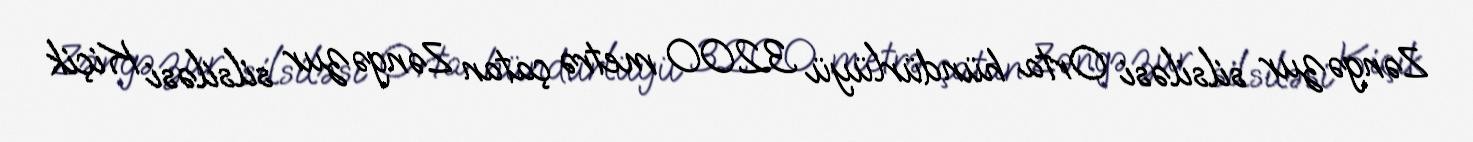
Zəngəzur silsiləsi Orta hündürlüyü 3200 metrə çatan Zəngəzur silsiləsi Kiçik